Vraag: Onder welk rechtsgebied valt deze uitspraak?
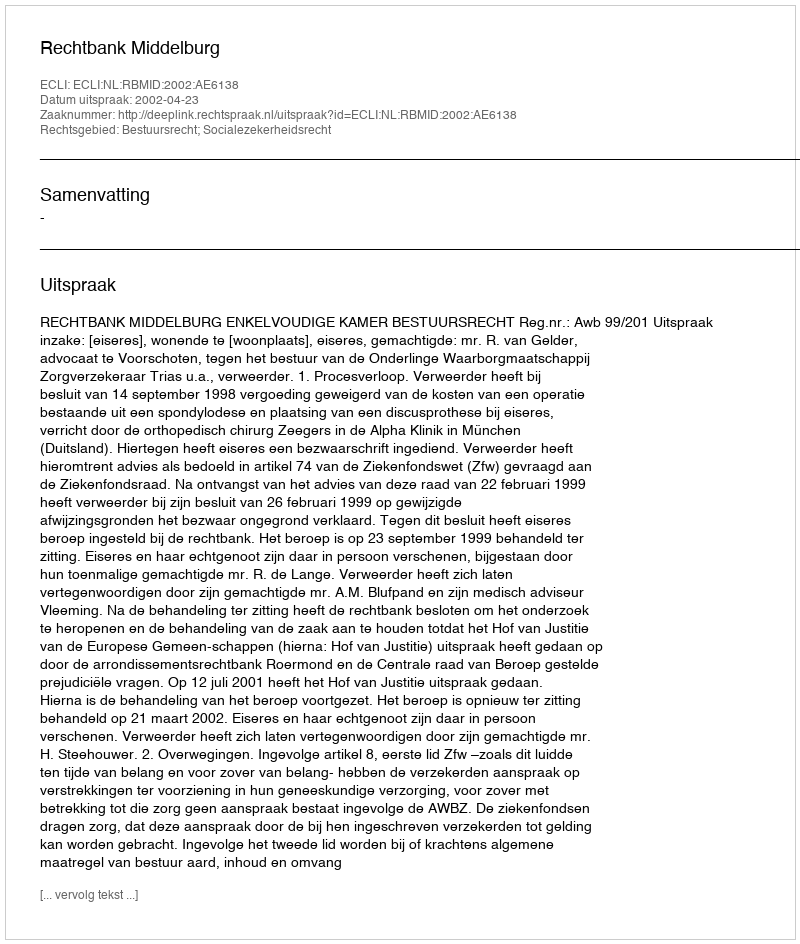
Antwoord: Bestuursrecht; Socialezekerheidsrecht